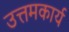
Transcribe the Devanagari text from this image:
उत्तमकार्य